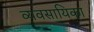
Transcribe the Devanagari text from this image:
व्यवसायिका